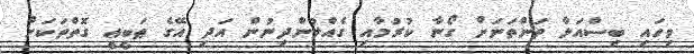
ވިހައި ބިސްއަޅާ ތަންތަނަށް ގޯނާ ކުރުމާއި ގެއްލުންދިނުން އަދި އޭގެ ޠަބީޢީ ގޮތްތަކަށް